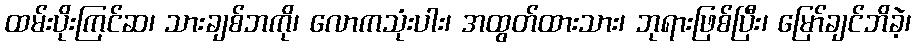
ထမ်းပိုးကြင်ဆ၊ သားချစ်ဘကို၊ လောကသုံးပါး၊ အထွတ်ထားသား၊ ဘုရားဖြစ်ပြီး၊ မြော်ချင်ဘိခဲ့၊